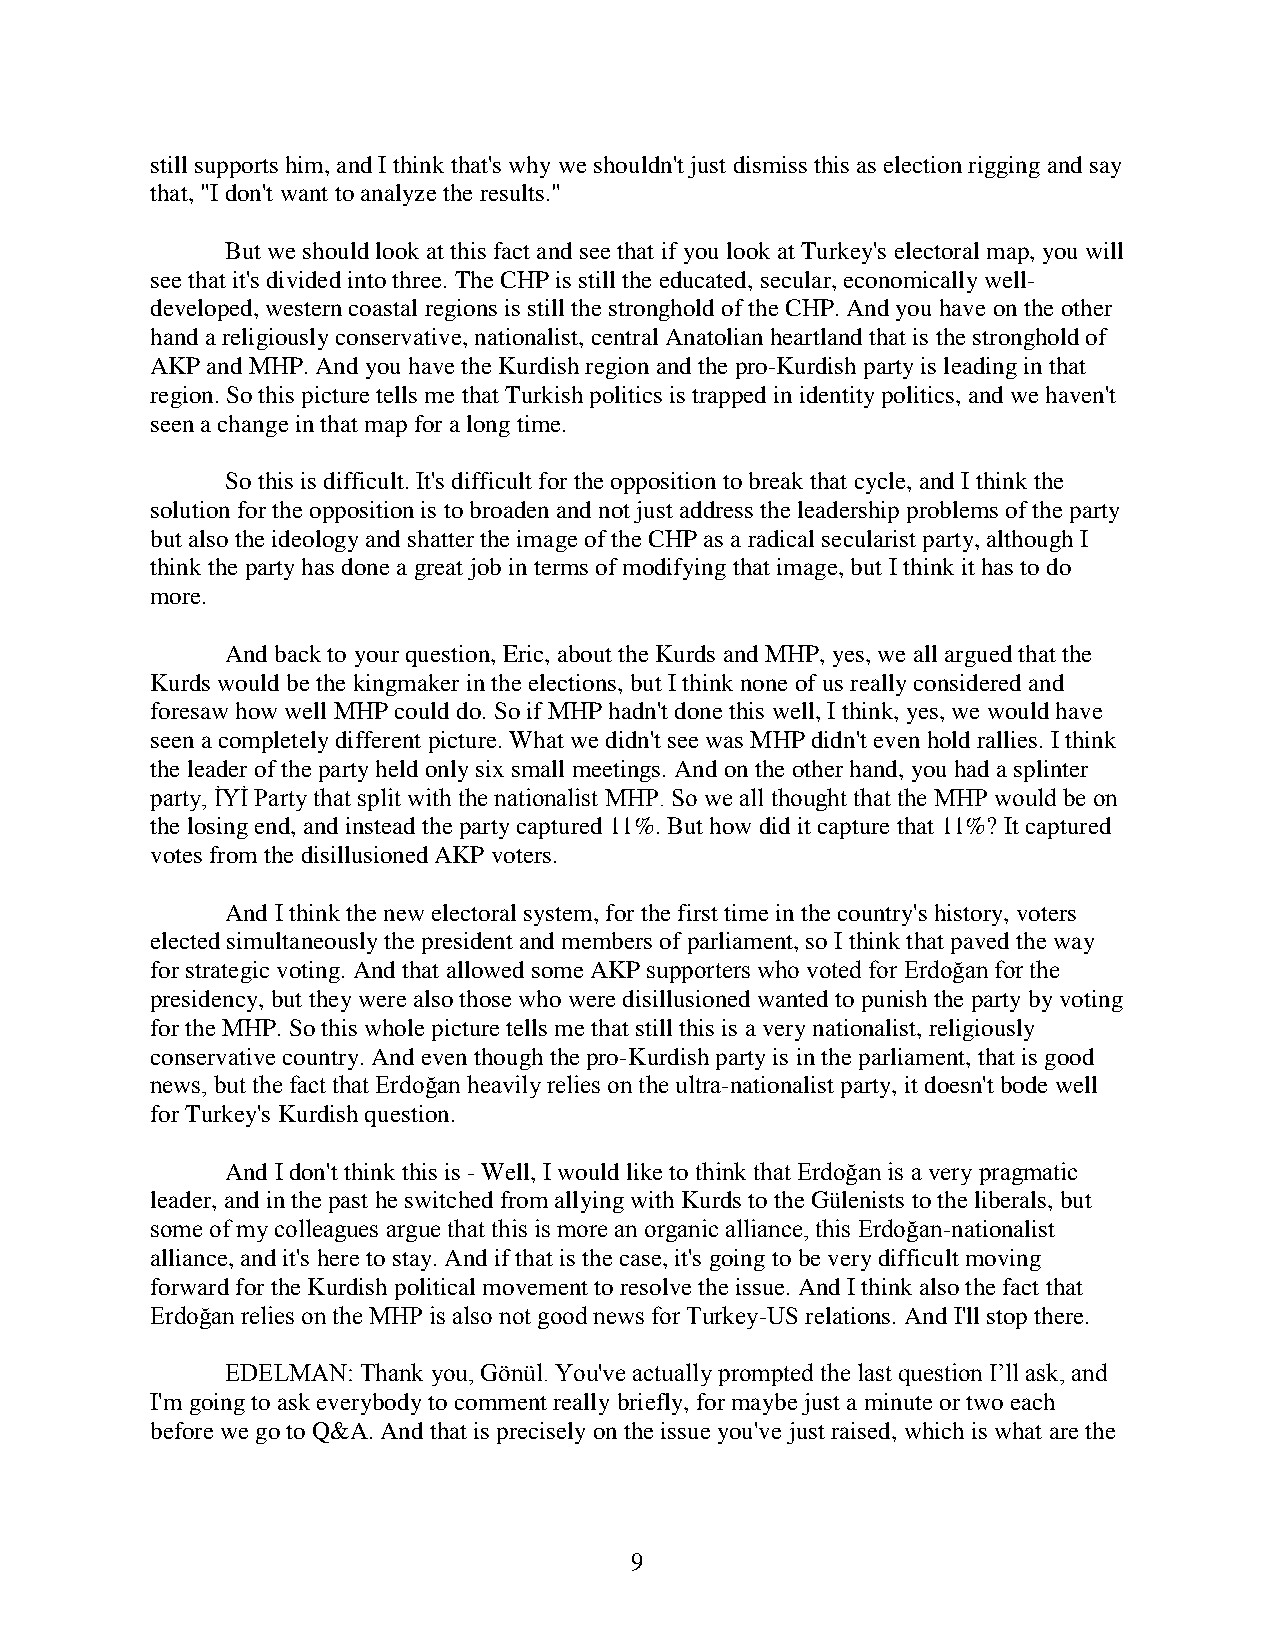
still supports him, and I think that's why we shouldn't just dismiss this as election rigging and say
 that, "I don't want to analyze the results."
 But we should look at this fact and see that if you look at Turkey's electoral map, you will
 see that it's divided into three. The CHP is still the educated, secular, economically well-
 developed, western coastal regions is still the stronghold of the CHP. And you have on the other
 hand a religiously conservative, nationalist, central Anatolian heartland that is the stronghold of
 AKP and MHP. And you have the Kurdish region and the pro-Kurdish party is leading in that
 region. So this picture tells me that Turkish politics is trapped in identity politics, and we haven't
 seen a change in that map for a long time.
 So this is difficult. It's difficult for the opposition to break that cycle, and I think the
 solution for the opposition is to broaden and not just address the leadership problems of the party
 but also the ideology and shatter the image of the CHP as a radical secularist party, although I
 think the party has done a great job in terms of modifying that image, but I think it has to do
 more.
 And back to your question, Eric, about the Kurds and MHP, yes, we all argued that the
 Kurds would be the kingmaker in the elections, but I think none of us really considered and
 foresaw how well MHP could do. So if MHP hadn't done this well, I think, yes, we would have
 seen a completely different picture. What we didn't see was MHP didn't even hold rallies. I think
 the leader of the party held only six small meetings. And on the other hand, you had a splinter
 party, İYİ Party that split with the nationalist MHP. So we all thought that the MHP would be on
 the losing end, and instead the party captured 11%. But how did it capture that 11%? It captured
 votes from the disillusioned AKP voters.
 And I think the new electoral system, for the first time in the country's history, voters
 elected simultaneously the president and members of parliament, so I think that paved the way
 for strategic voting. And that allowed some AKP supporters who voted for Erdoğan for the
 presidency, but they were also those who were disillusioned wanted to punish the party by voting
 for the MHP. So this whole picture tells me that still this is a very nationalist, religiously
 conservative country. And even though the pro-Kurdish party is in the parliament, that is good
 news, but the fact that Erdoğan heavily relies on the ultra-nationalist party, it doesn't bode well
 for Turkey's Kurdish question.
 And I don't think this is - Well, I would like to think that Erdoğan is a very pragmatic
 leader, and in the past he switched from allying with Kurds to the Gülenists to the liberals, but
 some of my colleagues argue that this is more an organic alliance, this Erdoğan-nationalist
 alliance, and it's here to stay. And if that is the case, it's going to be very difficult moving
 forward for the Kurdish political movement to resolve the issue. And I think also the fact that
 Erdoğan relies on the MHP is also not good news for Turkey-US relations. And I'll stop there.
 EDELMAN: Thank you, Gönül. You've actually prompted the last question I’ll ask, and
 I'm going to ask everybody to comment really briefly, for maybe just a minute or two each
 before we go to Q&A. And that is precisely on the issue you've just raised, which is what are the
 9